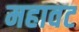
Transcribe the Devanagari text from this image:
महावट